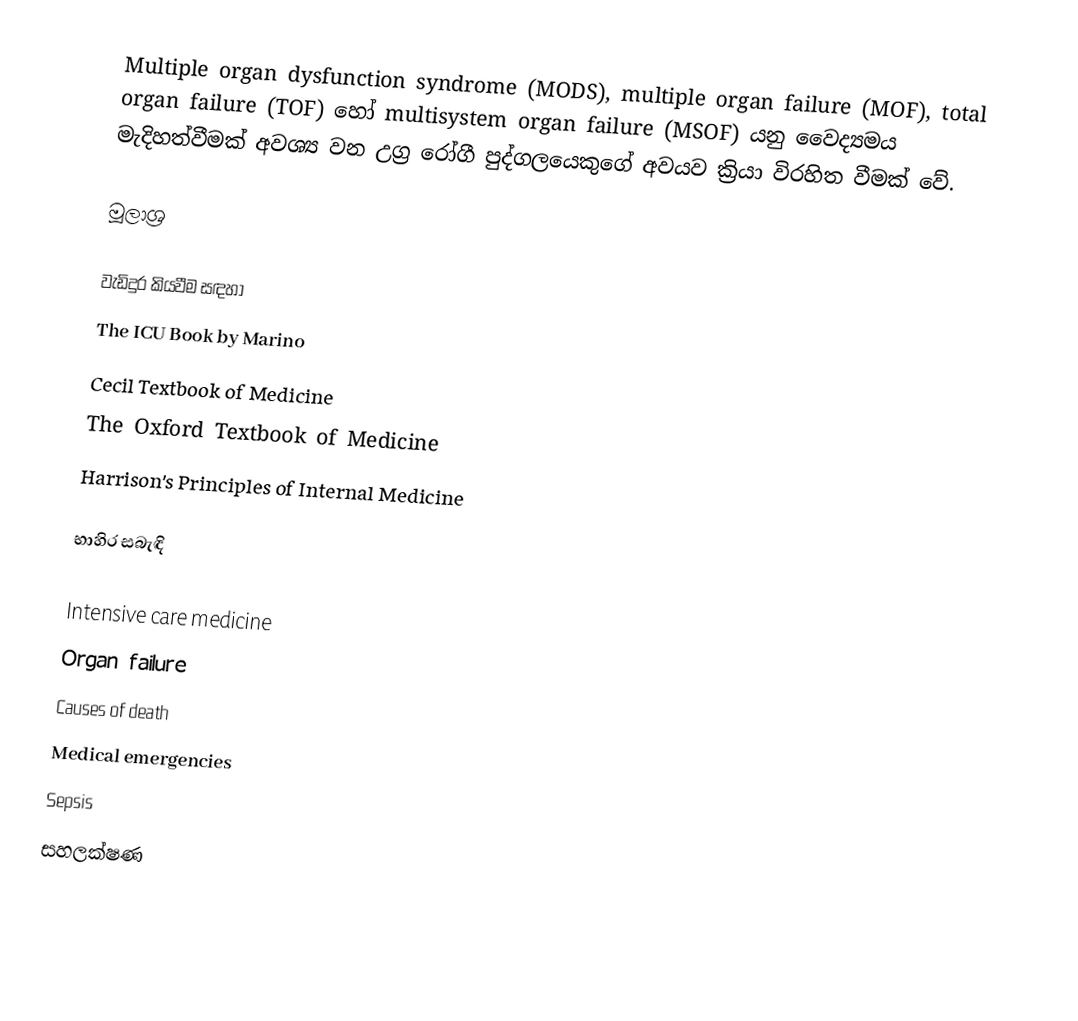
Multiple organ dysfunction syndrome (MODS), multiple organ failure (MOF), total organ failure (TOF) හෝ multisystem organ failure (MSOF) යනු වෛද්‍යමය මැදිහත්වීමක් අවශ්‍ය වන උග්‍ර රෝගී පුද්ගලයෙකුගේ අවයව ක්‍රියා විරහිත වීමක් වේ.

මූලාශ්‍ර

වැඩිදුර කියවීම සඳහා
 The ICU Book by Marino
 Cecil Textbook of Medicine
 The Oxford Textbook of Medicine
 Harrison's Principles of Internal Medicine

භාහිර සබැඳි

Intensive care medicine
Organ failure
Causes of death
Medical emergencies
Sepsis
සහලක්ෂණ